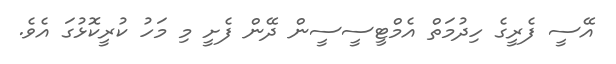
އޭސީ ފެރީގެ ހިދުމަތް އެމްޓީސީސީން ދޭން ފެށީ މި މަހު ކުރީކޮޅުގަ އެވެ.